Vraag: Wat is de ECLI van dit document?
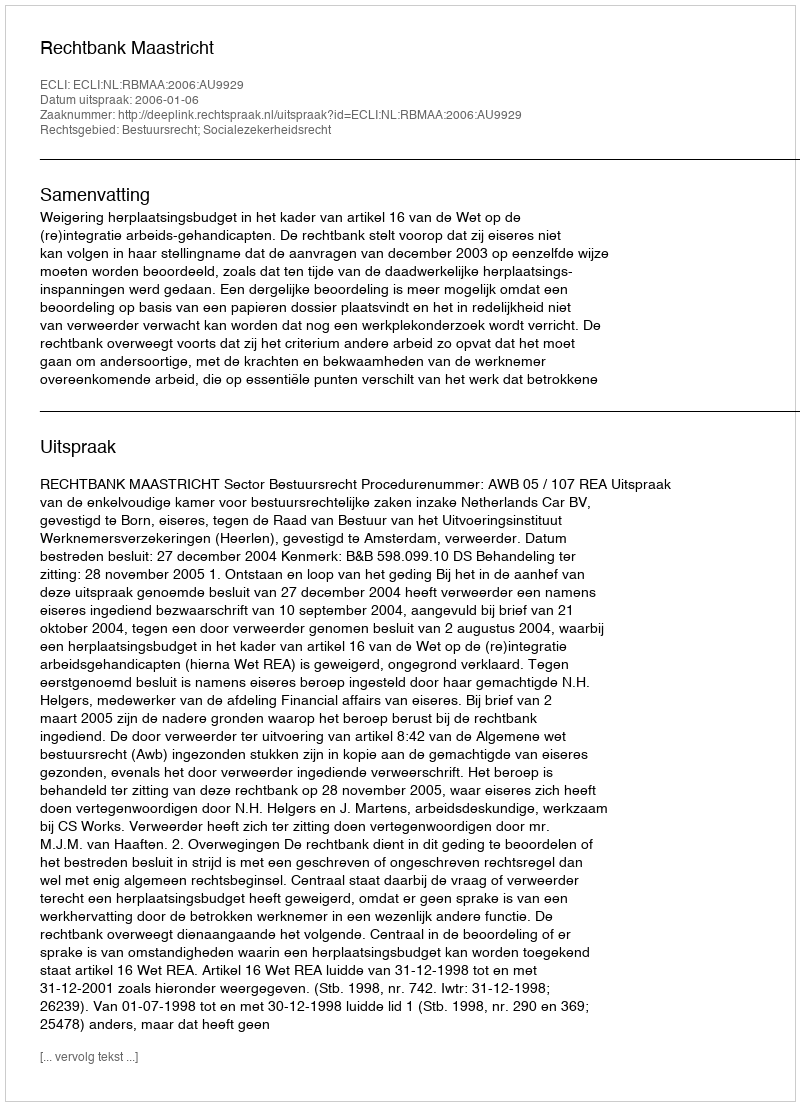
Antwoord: ECLI:NL:RBMAA:2006:AU9929